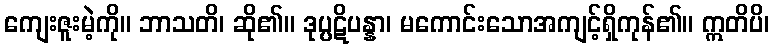
ကျေးဇူးမဲ့ကို။ ဘာသတိ၊ ဆို၏။ ဒုပ္ပဋိပန္နာ၊ မကောင်းသောအကျင့်ရှိကုန်၏။ ဣတိပိ၊